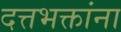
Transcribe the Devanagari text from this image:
दत्तभक्तांना